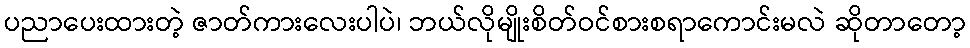
ပညာပေးထားတဲ့ ဇာတ်ကားလေးပါပဲ၊ ဘယ်လိုမျိုးစိတ်ဝင်စားစရာကောင်းမလဲ ဆိုတာတော့